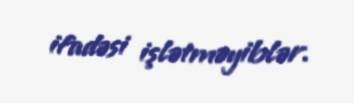
ifadəsi işlətməyiblər.